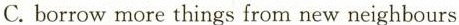
C. borrow more things from new neighbours